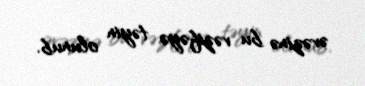
əvəzinə bu vəzifəyə təyin olunub.